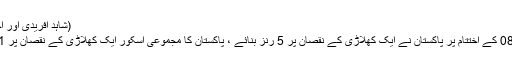
(شاہد آفریدی اور احمد شہزاد)
اوور نمبر 08 کے اختتام پر پاکستان نے ایک کھلاڑی کے نقصان پر 5 رنز بنائے ، پاکستان کا مجموعی اسکور ایک کھلاڑی کے نقصان پر 39/1 ہوگیا۔